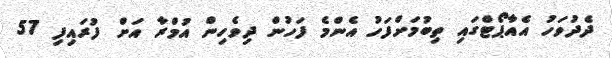
ދެދުވަހު އެއާޕޯޓްގައި ތިބުމަށްފަހު އެންމެ ފަހުން ދިވެހިން އުމްރާ އަށް ފުރައިފި 57